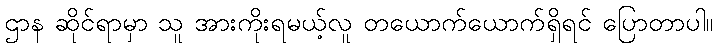
ဌာန ဆိုင်ရာမှာ သူ အားကိုးရမယ့်လူ တယောက်ယောက်ရှိရင် ပြောတာပါ။